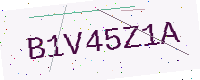
Text: B1V45Z1A